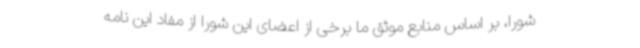
شورا، بر اساس منابع موثق ما برخی از اعضای این شورا از مفاد این نامه